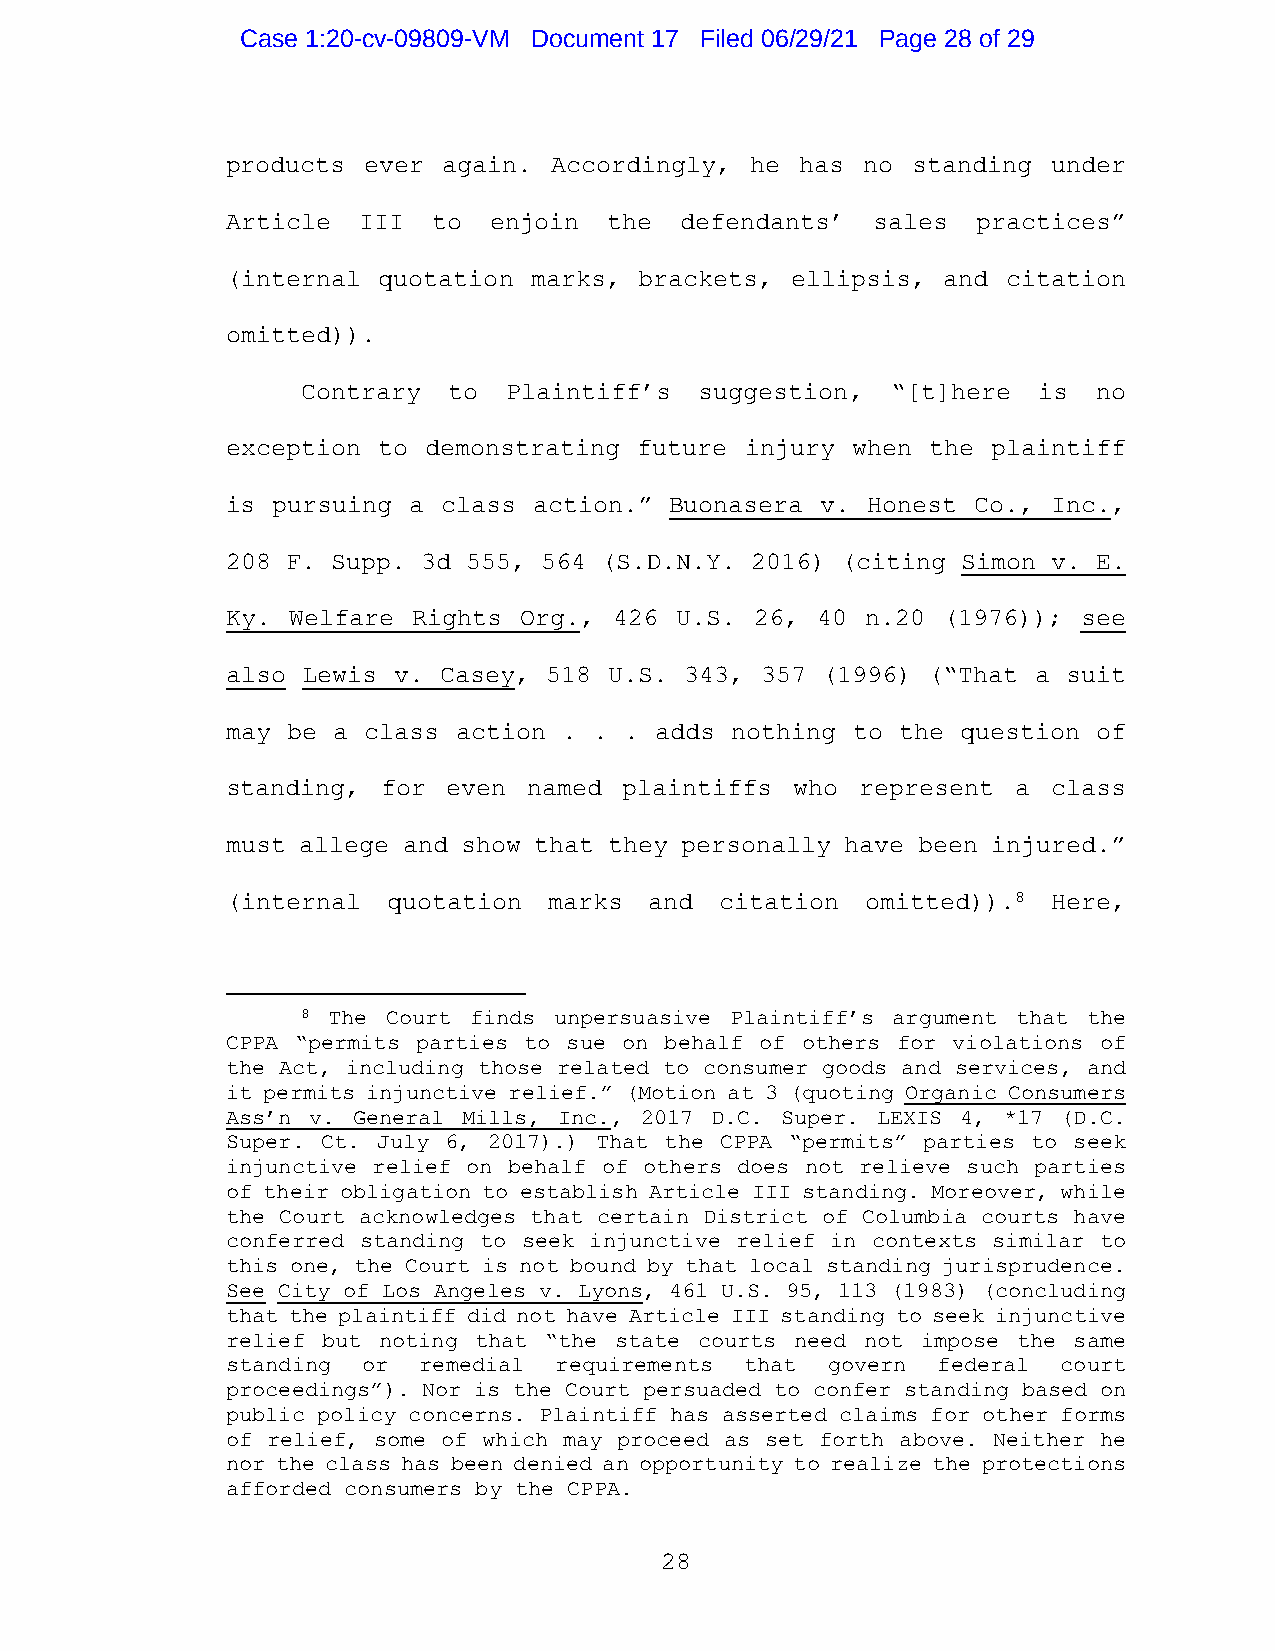
Case 1:20-cv-09809-VM Document 17 Filed 06/29/21 Page 28 of 29
 products ever again.  Accordingly, he has no standing  under
 Article  III  to enjoin  the  defendants’  sales  practices”
 (internal quotation marks, brackets, ellipsis, and  citation
 omitted)).
 Contrary  to Plaintiff’s  suggestion,  “[t]here  is  no
 exception to demonstrating future injury when the  plaintiff
 is pursuing a class action.” Buonasera v. Honest  Co., Inc.,
 208 F. Supp. 3d 555, 564 (S.D.N.Y. 2016) (citing Simon v. E.
 Ky. Welfare Rights Org.,  426 U.S. 26, 40 n.20 (1976));  see
 also Lewis v. Casey, 518 U.S. 343, 357 (1996) (“That a  suit
 may be a class action . . . adds nothing to the  question of
 standing, for  even named plaintiffs  who represent a  class
 must allege and show that they personally have been injured.”
 (internal  quotation marks  and  citation omitted)).8  Here,
 8 The Court finds unpersuasive Plaintiff’s argument that the
 CPPA “permits parties to sue on behalf of others for violations of
 the Act, including those related to consumer goods and services, and
 it permits injunctive relief.” (Motion at 3 (quoting Organic Consumers
 Ass’n v. General Mills, Inc., 2017 D.C. Super. LEXIS 4, *17 (D.C.
 Super. Ct. July 6, 2017).) That the CPPA “permits” parties to seek
 injunctive relief on behalf of others does not relieve such parties
 of their obligation to establish Article III standing. Moreover, while
 the Court acknowledges that certain District of Columbia courts have
 conferred standing to seek injunctive relief in contexts similar to
 this one, the Court is not bound by that local standing jurisprudence.
 See City of Los Angeles v. Lyons, 461 U.S. 95, 113 (1983) (concluding
 that the plaintiff did not have Article III standing to seek injunctive
 relief but noting that “the state courts need not impose the same
 standing or  remedial requirements that govern federal court
 proceedings”). Nor is the Court persuaded to confer standing based on
 public policy concerns. Plaintiff has asserted claims for other forms
 of relief, some of which may proceed as set forth above. Neither he
 nor the class has been denied an opportunity to realize the protections
 afforded consumers by the CPPA.
 28